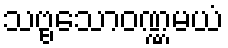
သဗ္ဗသောဝဏ္ဏမယံ